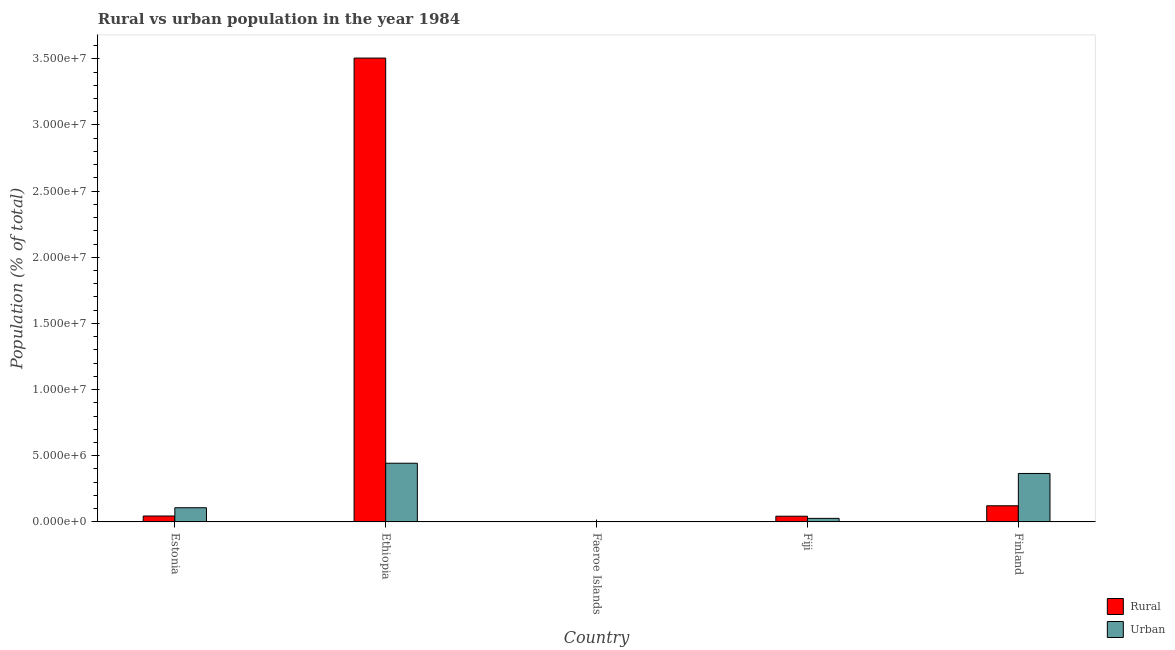
| Country | Rural | Urban |
 | --- | --- | --- |
 | Estonia | 4.47e+05 | 1.07e+06 |
 | Ethiopia | 3.51e+07 | 4.44e+06 |
 | Faeroe Islands | 3.13e+04 | 1.4e+04 |
 | Fiji | 4.32e+05 | 2.69e+05 |
 | Finland | 1.22e+06 | 3.66e+06 |